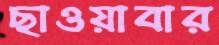
ছাওয়াবার